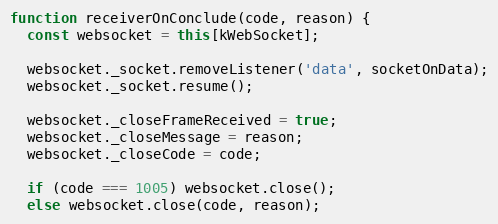
Language: JavaScript
function receiverOnConclude(code, reason) {
  const websocket = this[kWebSocket];

  websocket._socket.removeListener('data', socketOnData);
  websocket._socket.resume();

  websocket._closeFrameReceived = true;
  websocket._closeMessage = reason;
  websocket._closeCode = code;

  if (code === 1005) websocket.close();
  else websocket.close(code, reason);